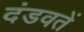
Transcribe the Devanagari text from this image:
दंडवतें